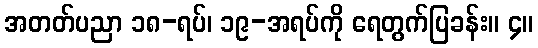
အတတ်ပညာ ၁၈-ရပ်၊ ၁၉-အရပ်ကို ရေတွက်ပြခန်း။ ၄။